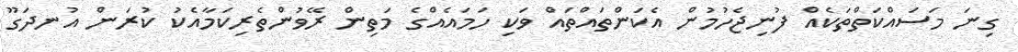
ގިނަ މަސައްކަތްތަކެއް ފުނިޖެހުމުން އެކަންތައްތައް ވަކި ހަމައެއްގެ މަތިން ރޭވުންތެރިކަމާއެކު ކުރަން އުނދަގޫ